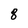
Character: 8